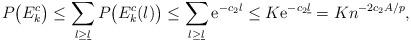
LaTeX: \begin{align*} P\bigl(E_k^c\bigr)\leq\sum_{l\geq\underline{l}}P\bigl(E^c_k(l)\bigr)\leq\sum_{l\geq\underline{l}}\mathrm{e}^{-c_2 l}\leq K \mathrm{e}^{-c_2 \underline{l}}=Kn^{-2c_2A/ p},\end{align*}